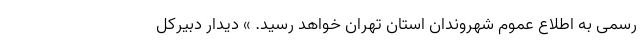
رسمی به اطلاع عموم شهروندان استان تهران خواهد رسید. » دیدار دبیرکل